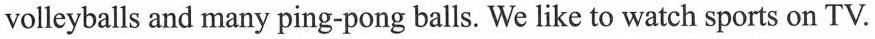
volleyballs and many ping-pong balls. We like to watch sports on TV.